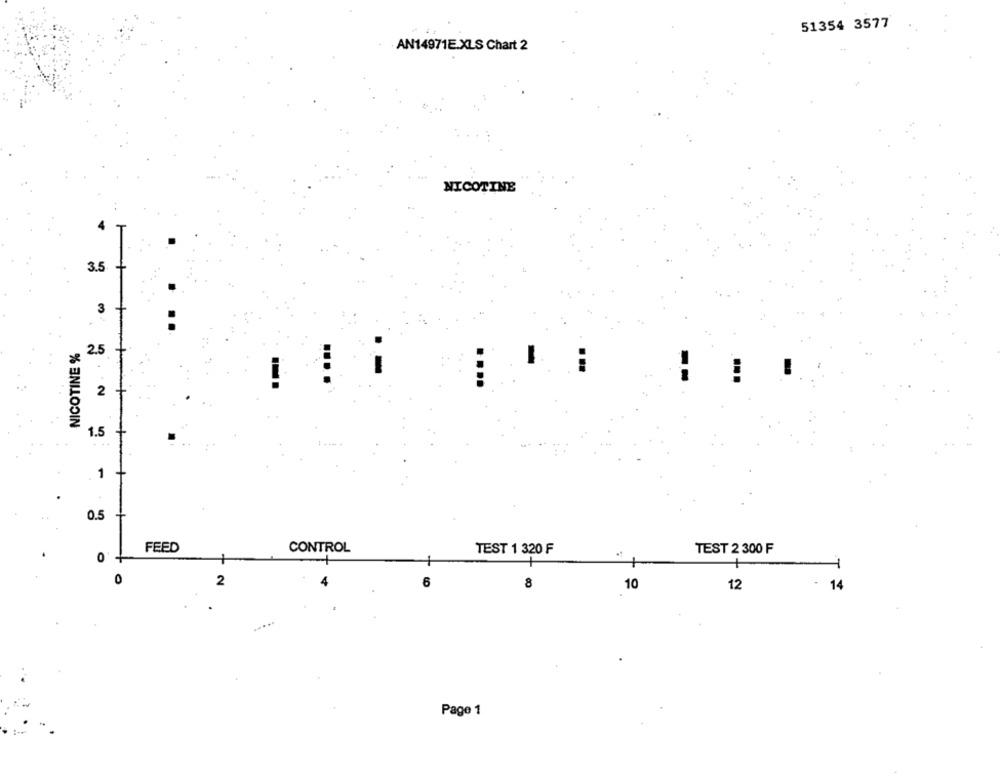
51354 3577
AN14971E.XLS Chart 2
NICOTINE
3.5
+
3
NICOTINE %
2.5
..
2
1.5
1
0.5
FEED
CONTROL
TEST 1 320 F
TEST 2 300 F
0'-
0
2
8
10
12
14
Page 1